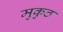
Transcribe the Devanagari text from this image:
मुकुठ